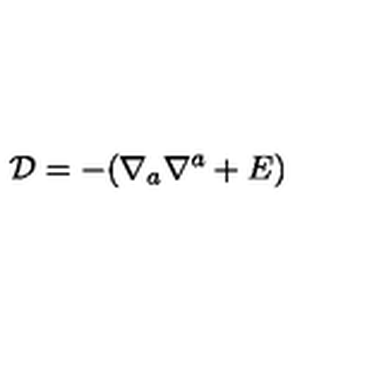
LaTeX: { \cal D } = - ( \nabla _ { a } \nabla ^ { a } + E )